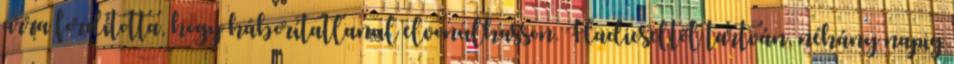
arra fordította, hogy háborítatlanul elvonulhasson. Hadicseltől tartván, néhány napig